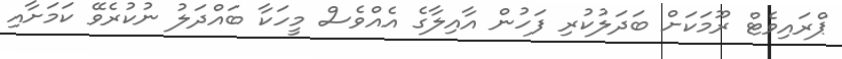
ޕްރައިވެޓް ރޫމަކަށް ބަދަލުކުރި ފަހުން އާއިލާގެ އެއްވެސް މީހަކާ ބައްދަލު ނުކުރެވޭ ކަމަށާއި